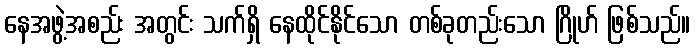
နေအဖွဲ့အစည်း အတွင်း သက်ရှိ နေထိုင်နိုင်သော တစ်ခုတည်းသော ဂြိုဟ် ဖြစ်သည်။